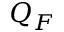
Q _ { F }